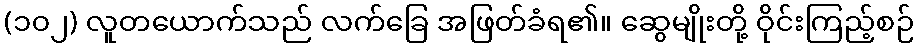
(၁၀၂) လူတယောက်သည် လက်ခြေ အဖြတ်ခံရ၏။ ဆွေမျိုးတို့ ဝိုင်းကြည့်စဉ်